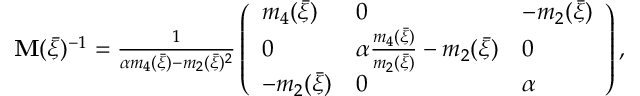
\begin{array} { r } { { \bf M } ( \bar { \xi } ) ^ { - 1 } = \frac { 1 } { \alpha m _ { 4 } ( \bar { \xi } ) - m _ { 2 } ( \bar { \xi } ) ^ { 2 } } \left( \begin{array} { l l l } { m _ { 4 } ( \bar { \xi } ) } & { 0 } & { - m _ { 2 } ( \bar { \xi } ) } \\ { 0 } & { \alpha \frac { m _ { 4 } ( \bar { \xi } ) } { m _ { 2 } ( \bar { \xi } ) } - m _ { 2 } ( \bar { \xi } ) } & { 0 } \\ { - m _ { 2 } ( \bar { \xi } ) } & { 0 } & { \alpha } \end{array} \right) , } \end{array}